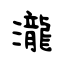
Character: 瀧